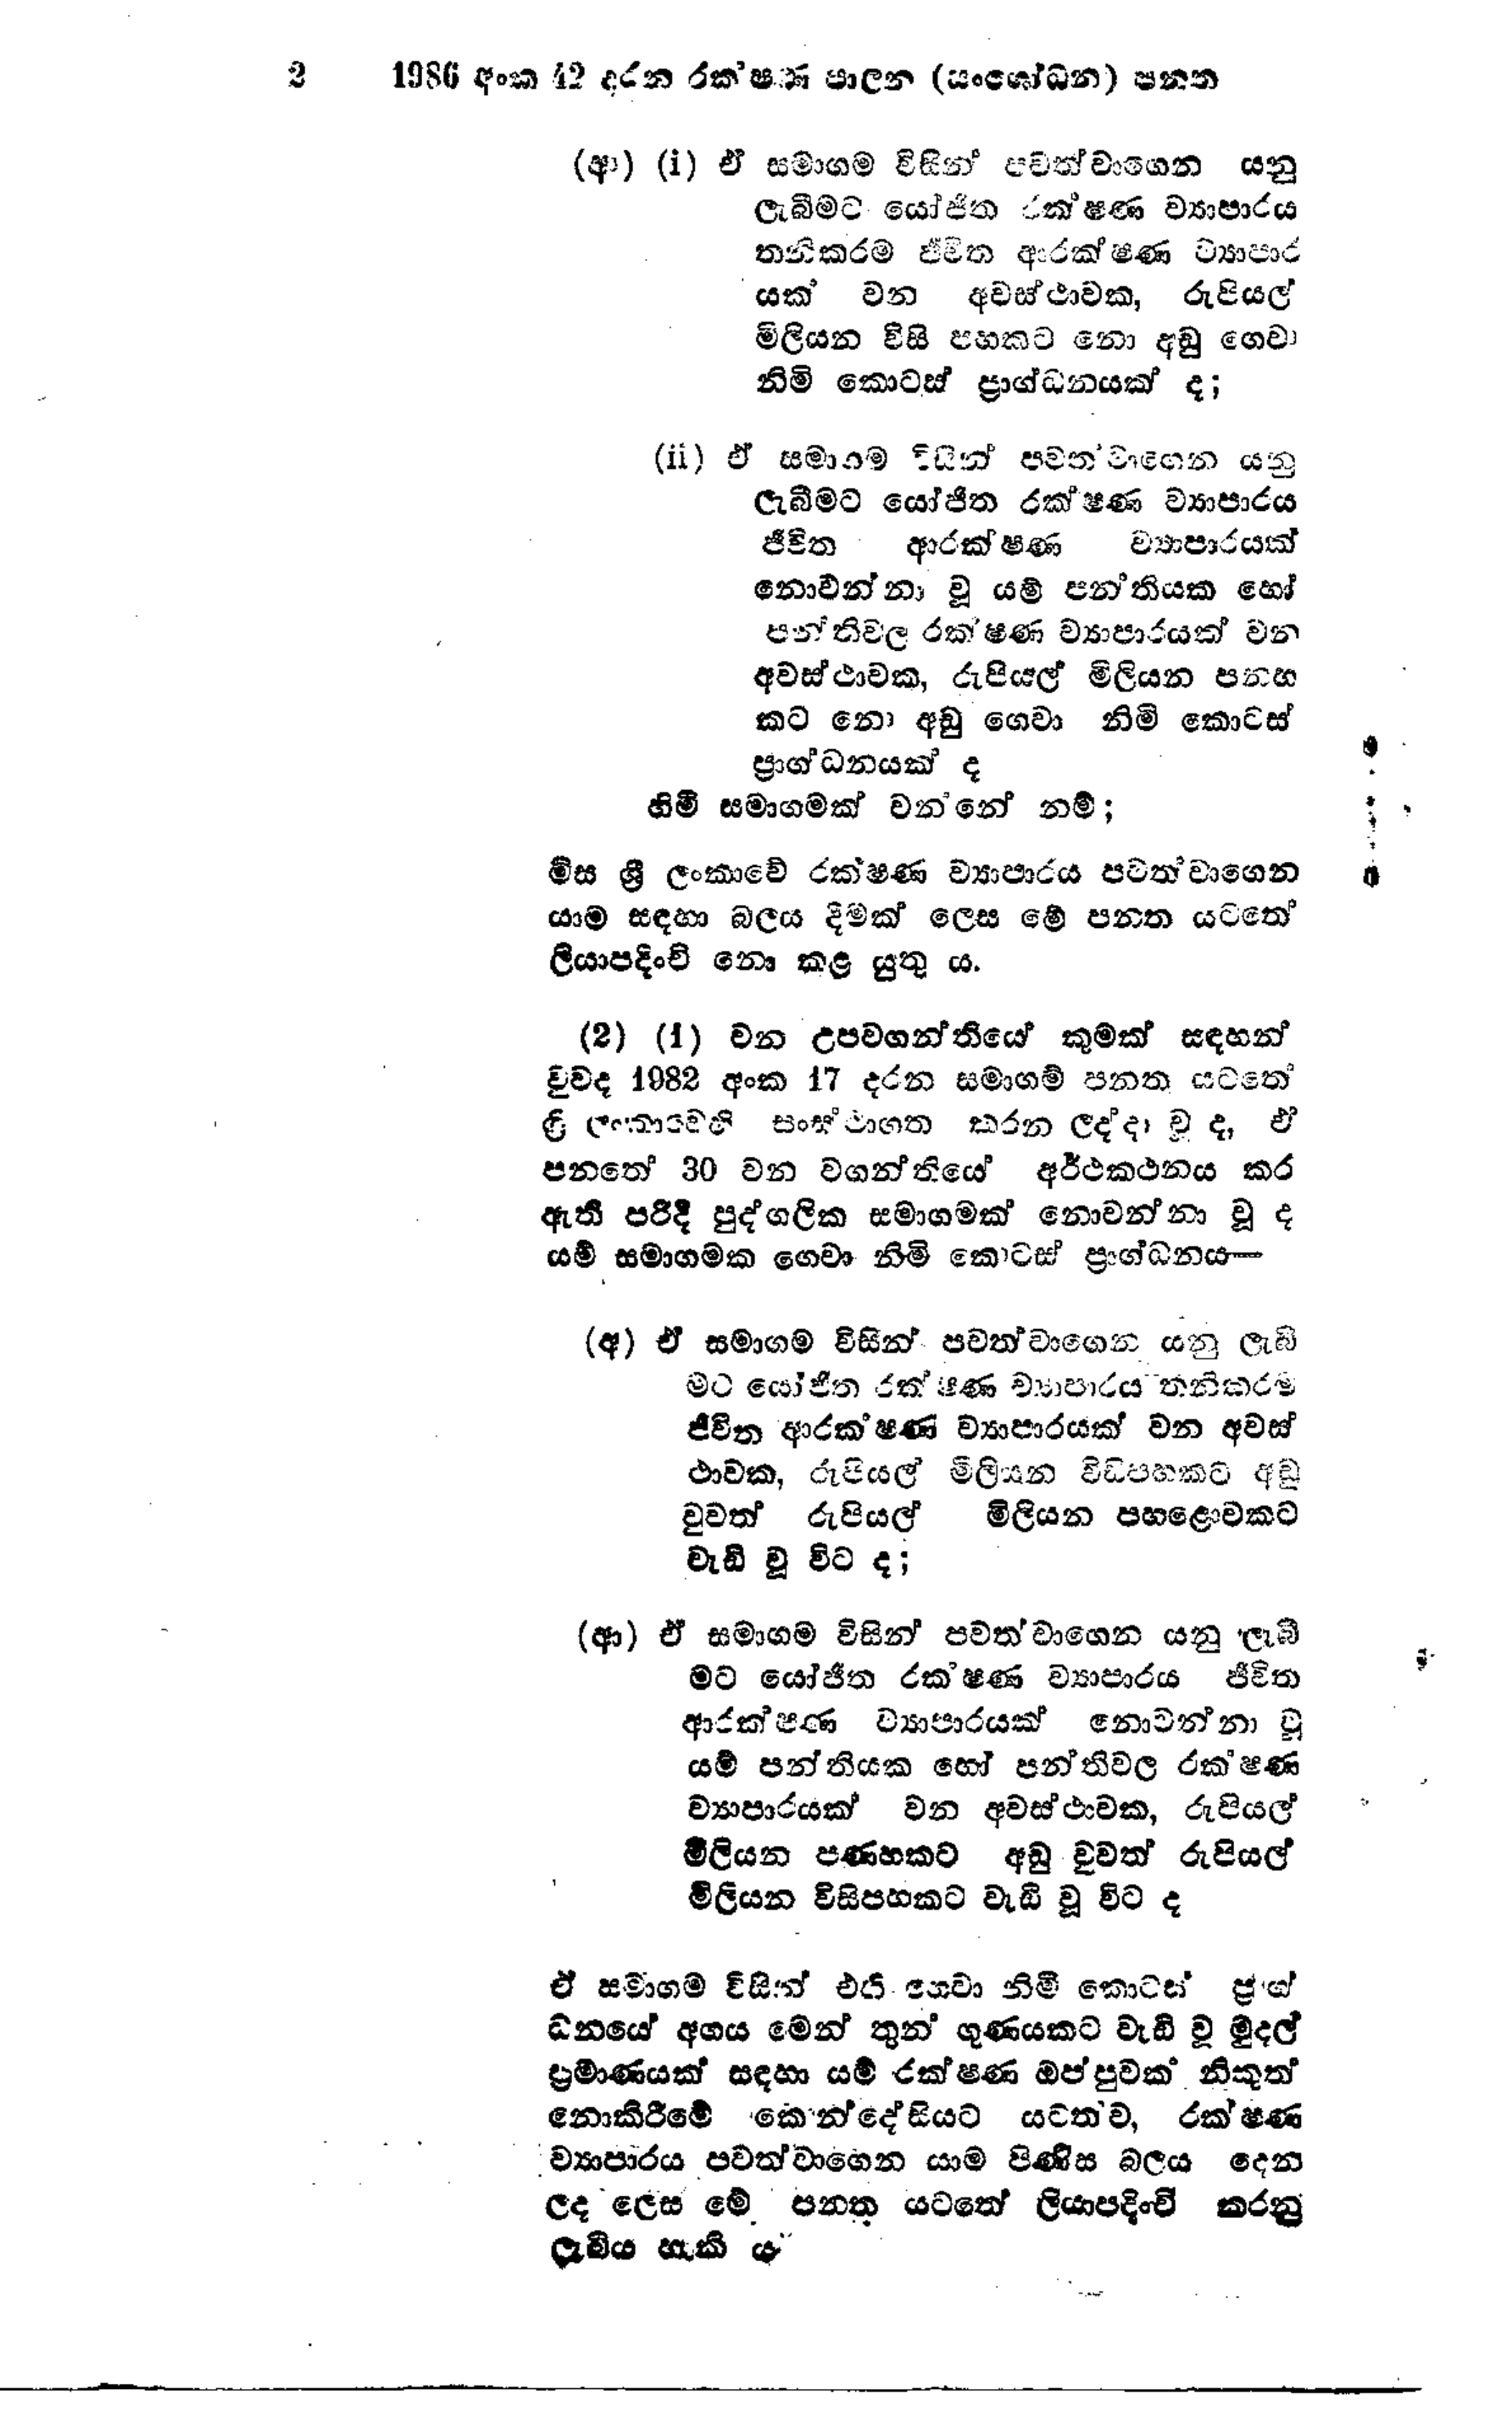
2 1986 අංක 42 දරන රකෂණ පාලන (සංශෝධන) පනත

(ආ) (i) ඒ සමාගම විසින් පවත්වාගෙන යනු
ලැබීමට යෝජිත රක්ෂණ ව්‍යාපාරය
තනිකරම ජීවිත ආරක්ෂණ ව්‍යාපාර
යක් වන අවස්ථාවක, රුපියල්
මිලියන විසි පහකට නො අඩු ගෙවා
නිමි කොටස් ප්‍රාග්ධනයක් ද;

(ii) ඒ සමාගම විසින් පවතවාගෙන යනු
ලැබීමට යෝජිත රක්ෂණ ව්‍යාපාරය
ජීවිත ආරක්ෂණ ව්‍යාපාරයක්
නොවන්නා වූ යම් පන්තියක හෝ
පන්තිවල රක්ෂණ ව්‍යාපාරයක් වන
අවස්ථාවක, රුපියල් මිලියන පනහ
කට නො අඩු ගෙවා නිමි කොටස්
ප්‍රාග්ධනයක් ද
හිමි සමාගමක් වන්නේ නම්;

මිස ශ්‍රී ලංකාවේ රක්ෂණ ව්‍යාපාරය පවත්වාගෙන
යාම සඳහා බලය දීමක් ලෙස මේ පනත යටතේ
ලියාපදිංචි නො කළ යුතු ය.

(2) (1) වන උපවගන්තියෙ කුමක් සඳහන්
වුවද 1982 අංක 17 දරන සමාගම් පනත යටතේ
ශ්‍රී ලංකාවෙහි සංස්ථාගත කරන ලද්දා වූ ද, ඵ්
පනතේ 30 වන වගන්තියේ අර්ථකථනය කර
ඇති පරිදි පුද්ගලික සමාගමක් නොවන්නා වූ ද
යම් සමාගමක ගෙවා නිමි කොටස් ප්‍රාග්ධනය-

(අ) ඒ සමාගම විසින් පවත්වාගෙන යනු ලැබී
මට යෝජිත රක්ෂිණ ව්‍යාපාරය තනිකරම
ජීවිත ආරකෂණ ව්‍යාපාරයක් වන අවස්
ථාවක, රුපියල් මිලියන විසිපහකට අඩු
වුවත් රුපියල් මිලියන පහළොවකට
වැඩි වූ විට ද;

(ආ) ඒ සමාගම විසින් පවතවාගෙන යනු ලැබී
මට යෝජිත රක්ෂණ ව්‍යාපාරය ජීවිත
ආරක්ෂණ ව්‍යාපාරයක් නොවන්නා වූ
යම් පන්තියක හෝ පන්තිවල රක්ෂණ
ව්‍යාපාරයක් වන අවස්ථාවක, රුපියල්
මිලියන පනහකට අඩු වුවත් රුපියල්
මිලියන විසිපහකට වැඩි වූ විට ද

ඒ සමාගම විසින් එහි ගෙවා නිමි කොටස් ප්‍රාග්
ධනයේ අගය මෙන් තුන් ගුණයකට වැඩි වූ මුදල්
ප්‍රමාණයක් සඳහා යම් රක්ෂණ ඔප්පුවක් නිකුත්
නොකිරීමේ කොන්දේසියට යටත්ව, රක්ෂණ
ව්‍යාපාරය පවත්වාගෙන යාම පිණිස බලය දෙන
ලද ලෙස මේ පනත යටතේ ලියාපදිංචි කරනු
ලැබිය හැකි ය.